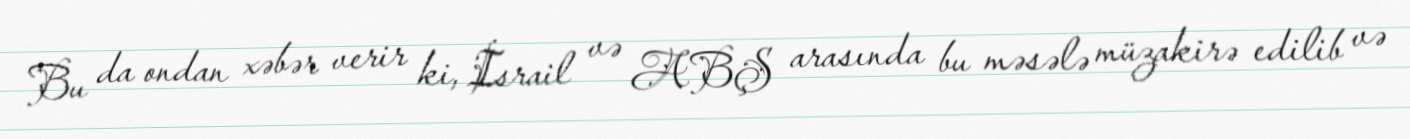
Bu da ondan xəbər verir ki, İsrail və ABŞ arasında bu məsələ müzakirə edilib və